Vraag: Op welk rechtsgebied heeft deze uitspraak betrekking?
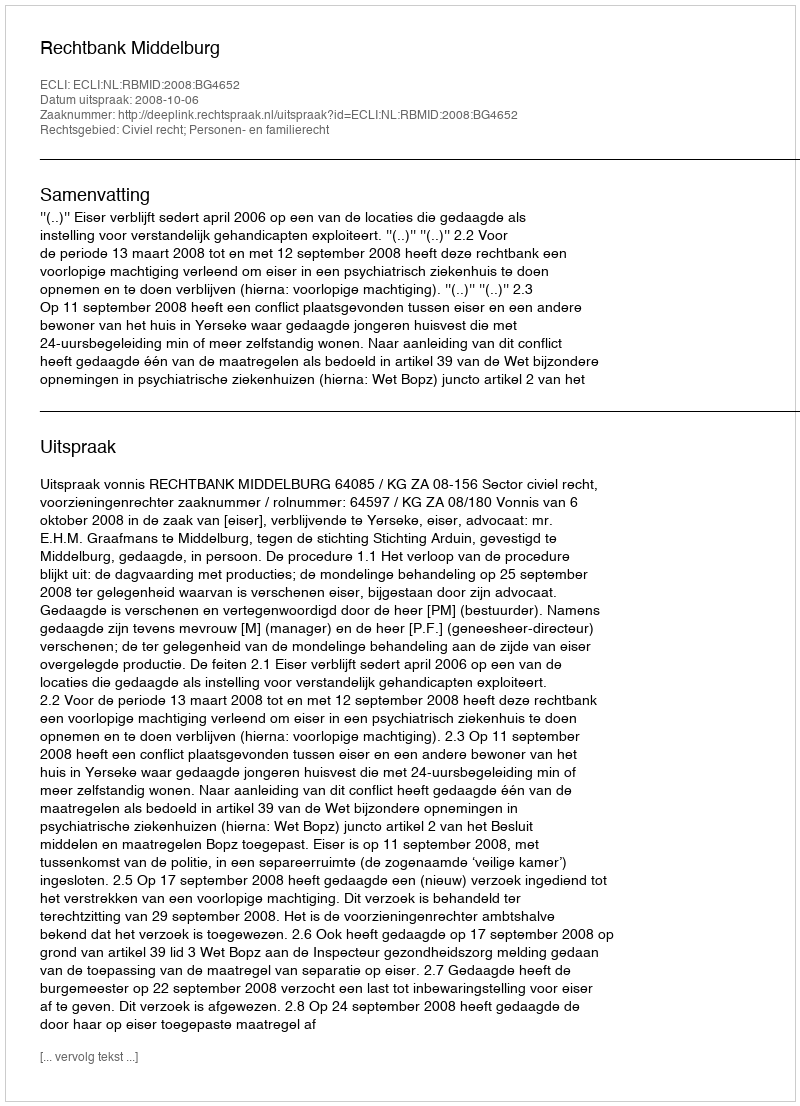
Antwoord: Civiel recht; Personen- en familierecht